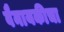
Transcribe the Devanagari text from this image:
वैनायकीचा